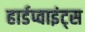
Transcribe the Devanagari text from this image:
हार्डप्वाइंट्स